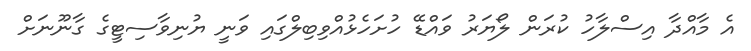
އެ މާއްދާ އިސްލާހު ކުރަން ލޯޔަރު ވައްޑޭ ހުށަހެޅުއްވިބިލްގައި ވަނީ ޔުނިވާސިޓީގެ ގާނޫނަށް